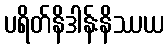
ပရိတ်နိဒါန်းနိဿယ